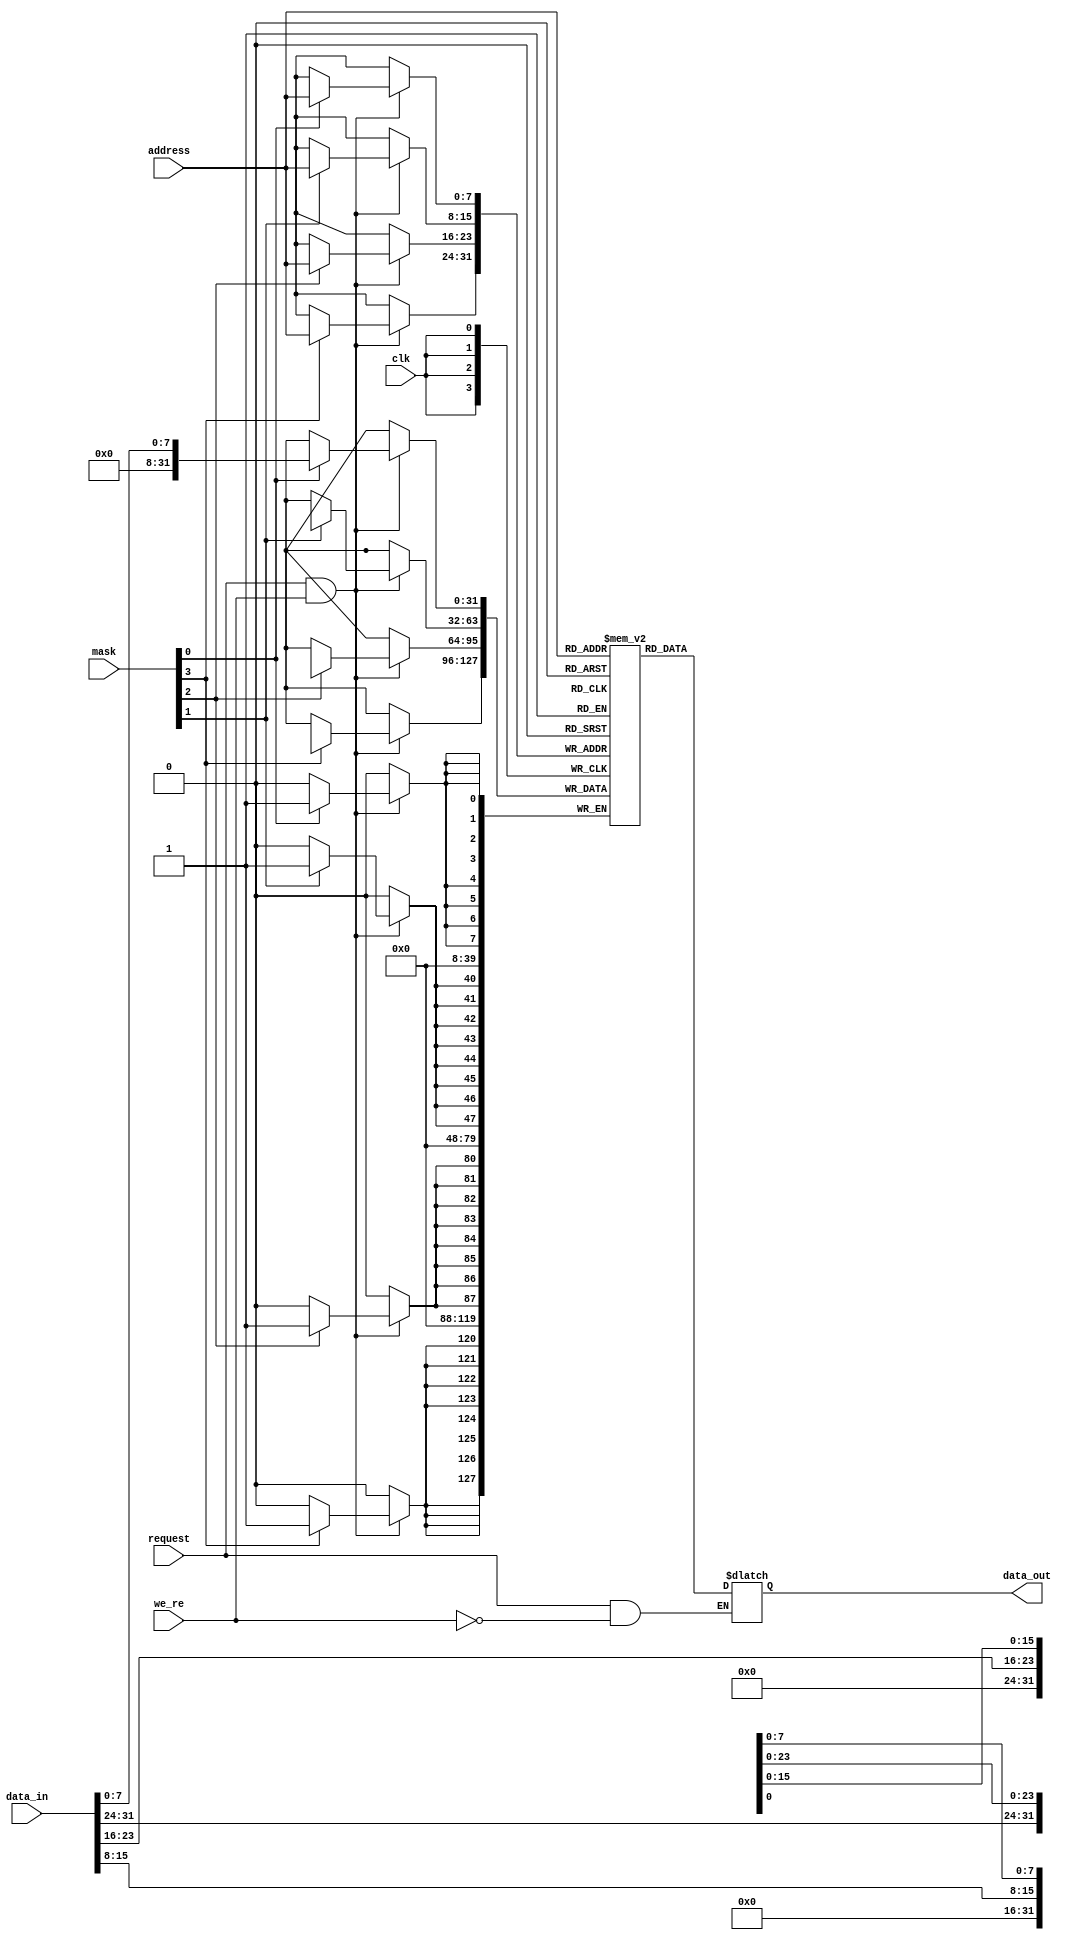

module memory#(
    parameter INIT_MEM = 0
)(
    input wire clk,
	 //write request
    input wire we_re,
    input wire request,
	 //store load address
    input wire [7:0]address,
	 //store data input
    input wire [31:0]data_in,
    input wire [3:0]mask,
	 //load data output
    output reg [31:0]data_out
);
	 //initialize the memory
    reg [31:0] mem [0:255];

    //initial begin
        //if (INIT_MEM)
            //$readmemh("tb/instr.mem",mem);
   //end

    always @(posedge clk) begin
        if (request && we_re) begin
		  //write data to the memory
		  //we_re=store
		  //request=load | store
		  //if mask==1111 full data will be written to the memory
            if(mask[0]) begin
                mem[address][7:0] <= data_in[7:0];
            end
            if(mask[1]) begin
                mem[address][15:8] <= data_in[15:8];
            end
            if(mask[2]) begin
                mem[address][23:16] <= data_in[23:16];
            end
            if(mask[3]) begin
                mem[address][31:24] <= data_in[31:24];
            end
        end
		 end

		  //request && !we_re is true only when the load signal is true and store signal is false
	always @(*) begin
		 
        if (request && !we_re) begin
            data_out <= mem[address];
        end
    end
endmodule